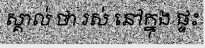
ស្គាល់ ថា រស់ នៅក្នុង ផ្ទះ